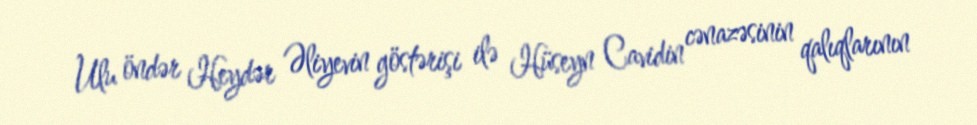
Ulu öndər Heydər Əliyevin göstərişi ilə Hüseyn Cavidin cənazəsinin qalıqlarının